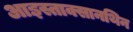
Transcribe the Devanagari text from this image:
आइस्ताक्सानथिन